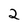
Character: 2